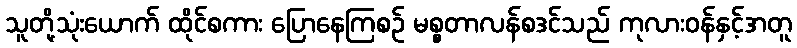
သူတို့သုံးယောက် ထိုင်စကား ပြောနေကြစဉ် မစ္စတာလန်စဒင်သည် ကုလားဝန်နှင့်အတူ